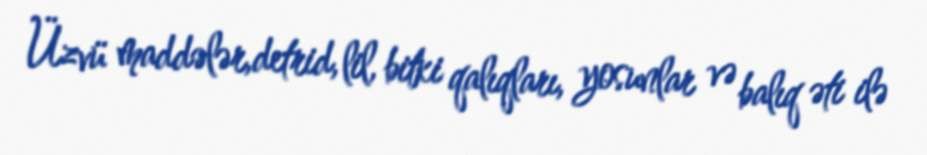
Üzvü maddələr,detrid, lil, bitki qalıqları, yosunlar və balıq əti ilə